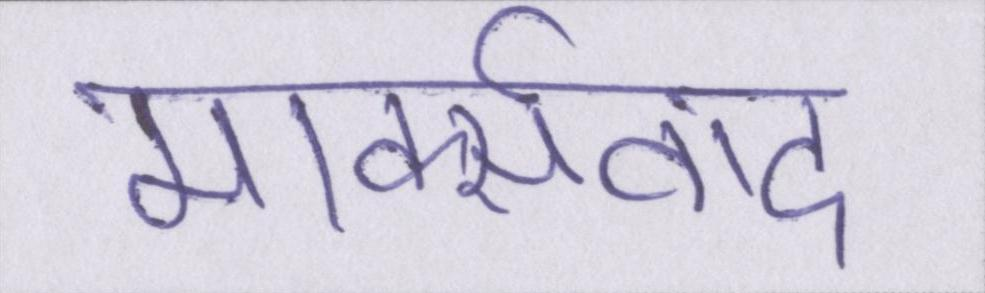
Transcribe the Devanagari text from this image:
मार्क्सवाद